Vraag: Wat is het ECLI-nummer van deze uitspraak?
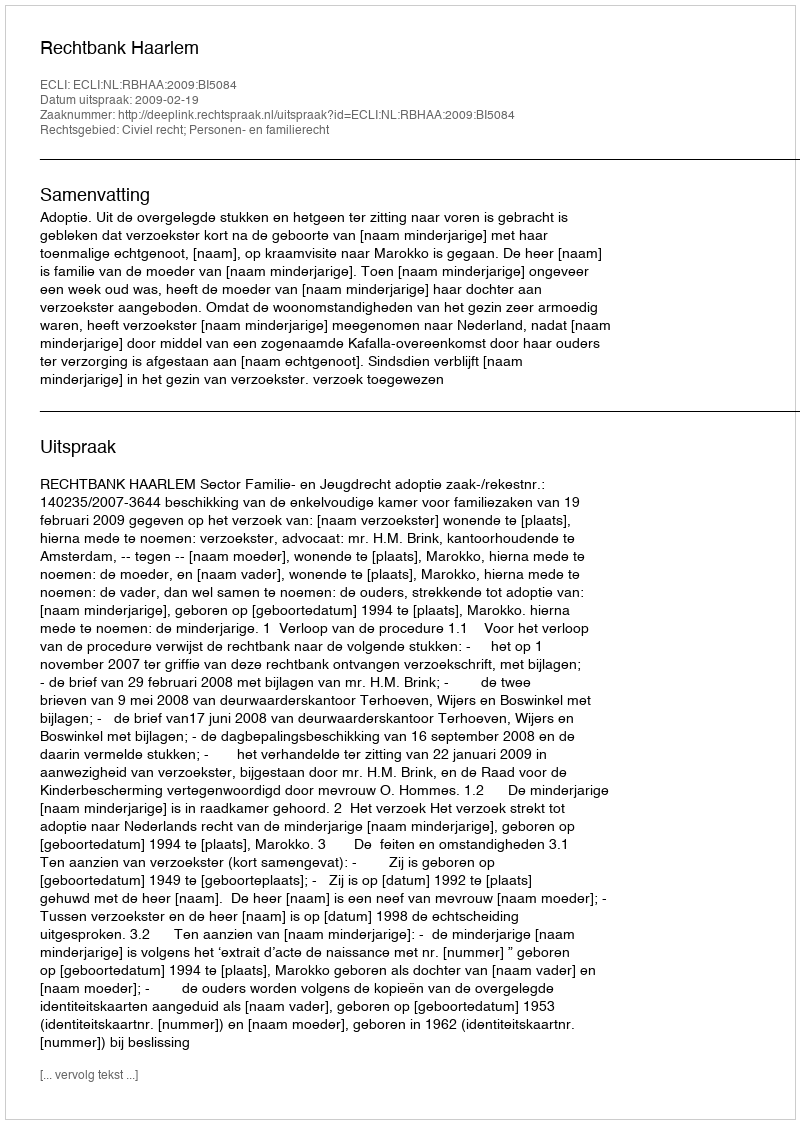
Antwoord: ECLI:NL:RBHAA:2009:BI5084